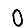
Digit: 0